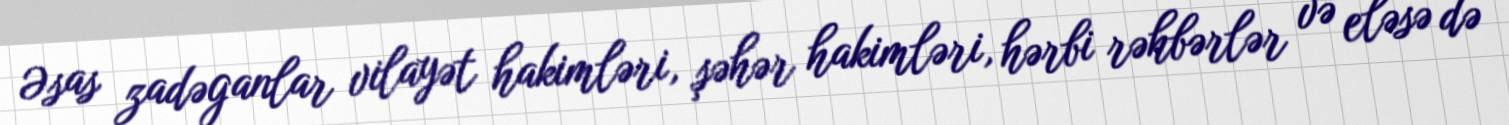
Əsas zadəganlar vilayət hakimləri, şəhər hakimləri, hərbi rəhbərlər və eləsə də